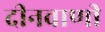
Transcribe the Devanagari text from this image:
दीनवाणी